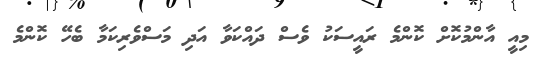
މިއީ އާންމުކޮށް ކޮންމެ ރައީސަކު ވެސް ދައްކަވާ އަދި މަސްވެރިކަމާ ބެހޭ ކޮންމެ